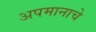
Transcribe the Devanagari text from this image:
अपमानाचे